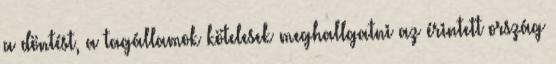
a döntést, a tagállamok kötelesek meghallgatni az érintett ország